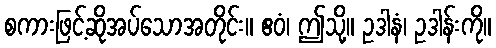
စကားဖြင့်ဆိုအပ်သောအတိုင်း။ ဧဝံ၊ ဤသို့။ ဥဒါနံ၊ ဥဒါန်းကို။